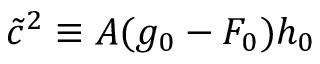
\tilde { c } ^ { 2 } \equiv A ( g _ { 0 } - F _ { 0 } ) h _ { 0 }